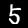
Digit: 5